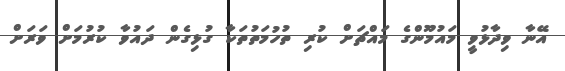
އޭނާ ވިދާޅުވީ މައުމޫންގެ މައްޗަށް ކުރި ތުހުމަތުތަކާ ގުޅިގެން ދައުވާ ކުރުމަށް ވަރަށް